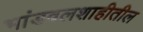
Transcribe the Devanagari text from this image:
भांडवलशाहीतील